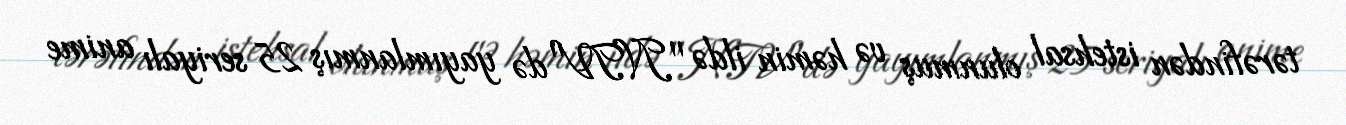
tərəfindən istehsal olunmuş və həmin ildə "NTV"də yayımlanmış 25 seriyalı anime